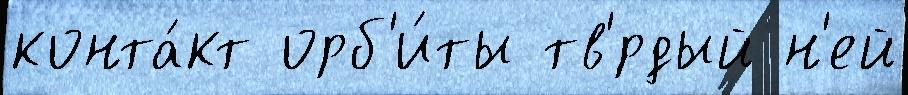
конта́кт орб'и́ты тв'́рдый н'ей